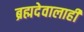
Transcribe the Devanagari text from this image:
ब्रह्मदेवालाही